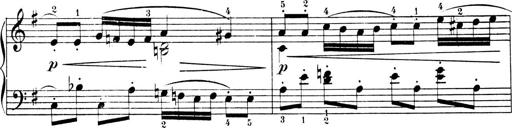
Title: 4 Sonatines
Composer: Max Reger